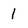
Character: 1